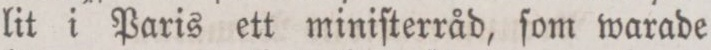
lit i Paris ett miniſterråd, ſom warade